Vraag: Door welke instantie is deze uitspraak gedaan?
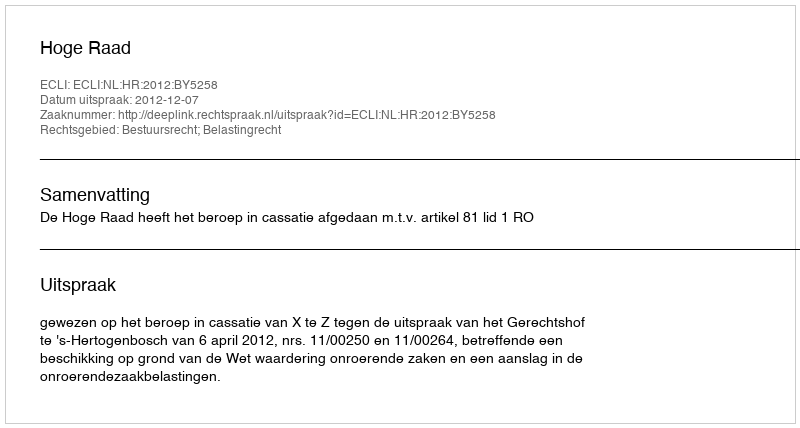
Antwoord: Hoge Raad